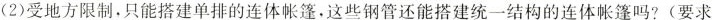
(2)受地方限制，只能搭建单排的连体帐篷，这些钢管还能搭建统一结构的连体帐篷吗?(要求